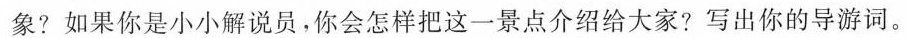
象?如果你是小小解说员，你会怎样把这一景点介绍给大家?写出你的导游词。